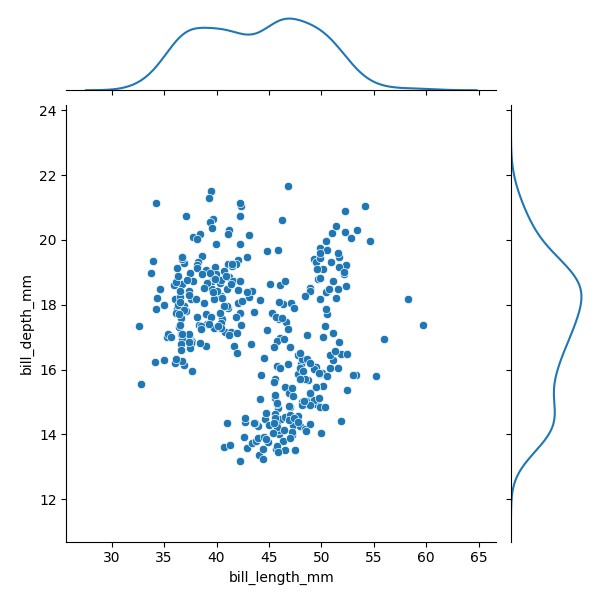
python, seaborn, JointGrid, scatterplot, kdeplot